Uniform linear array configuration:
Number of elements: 48
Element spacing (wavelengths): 0.5
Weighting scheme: cosine
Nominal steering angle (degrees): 30
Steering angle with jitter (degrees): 28.176
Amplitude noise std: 0.05
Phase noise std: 0.05

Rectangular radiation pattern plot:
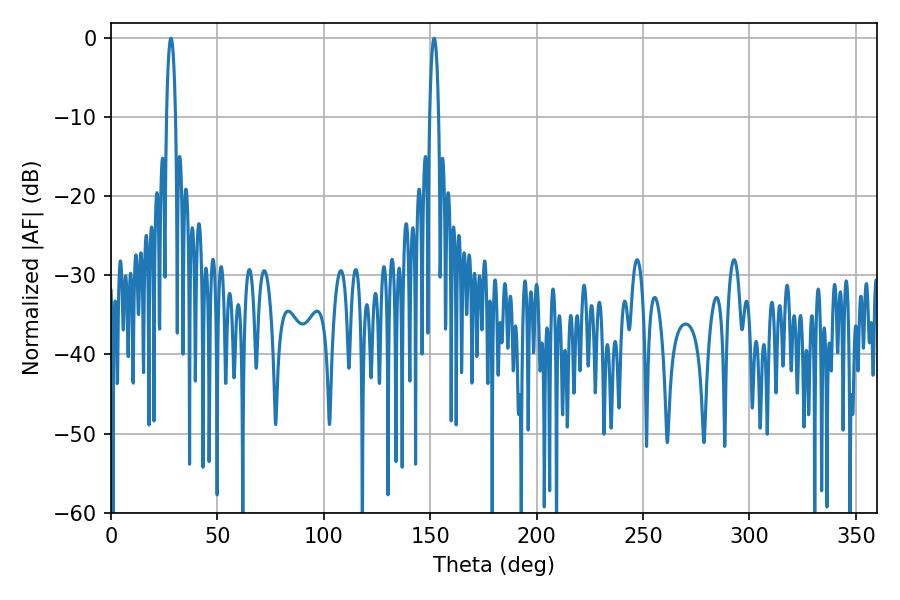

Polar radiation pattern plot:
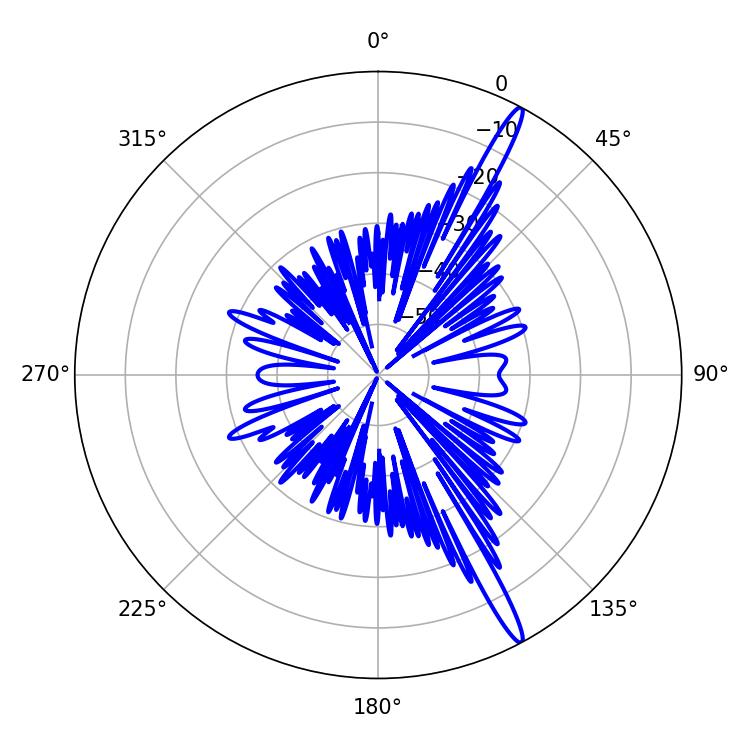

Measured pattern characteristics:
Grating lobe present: FALSE
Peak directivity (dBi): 16.483
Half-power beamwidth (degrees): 2.34
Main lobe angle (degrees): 28.08